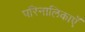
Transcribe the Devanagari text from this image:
परिनालिकाएँ